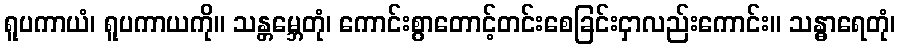
ရူပကာယံ၊ ရူပကာယကို။ သန္တမ္ဘေတုံ၊ ကောင်းစွာတောင့်တင်းစေခြင်းငှာလည်းကောင်း။ သန္ဓာရေတုံ၊